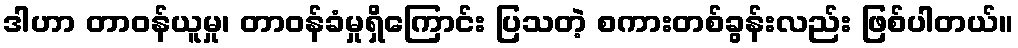
ဒါဟာ တာဝန်ယူမှု၊ တာဝန်ခံမှုရှိကြောင်း ပြသတဲ့ စကားတစ်ခွန်းလည်း ဖြစ်ပါတယ်။